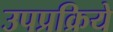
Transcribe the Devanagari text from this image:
उपप्रक्रिये